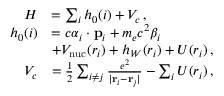
\begin{array} { r l } { H } & { = \sum _ { i } h _ { 0 } ( i ) + V _ { c } \, , } \\ { h _ { 0 } ( i ) } & { = c \boldsymbol { \alpha } _ { i } \cdot { \bf p } _ { i } + m _ { e } c ^ { 2 } \beta _ { i } } \\ & { + V _ { \mathrm { n u c } } ( r _ { i } ) + h _ { W } ( r _ { i } ) + U ( r _ { i } ) \, , } \\ { V _ { c } } & { = \frac 1 2 \sum _ { i \neq j } \frac { e ^ { 2 } } { | { \bf r } _ { i } - { \bf r } _ { j } | } - \sum _ { i } U ( r _ { i } ) \, , } \end{array}